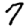
Digit: 7